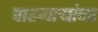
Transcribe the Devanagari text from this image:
पाहणाऱ्यांना